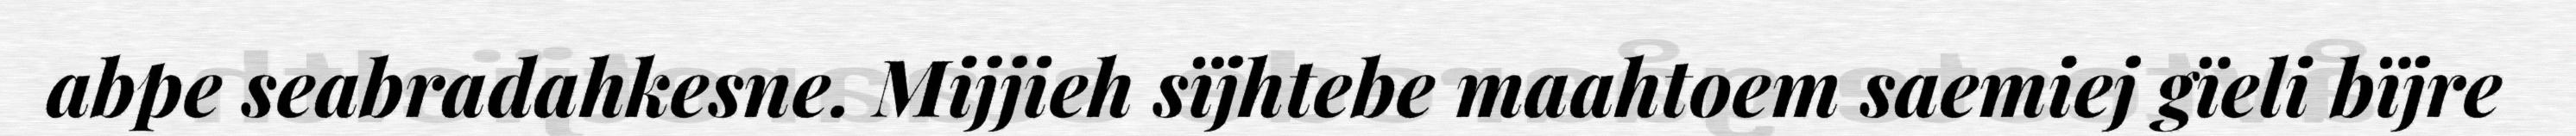
abpe seabradahkesne. Mijjieh sïjhtebe maahtoem saemiej gïeli bïjre